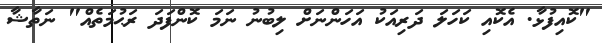
"ކޮއިފުޅާ. އެކޮއި ކަހަލަ ދަރިއަކު އަހަންނަށް ލިބުނު ނަމަ ކޮންފަދަ ރަޙުމަތެއް" ނަތާޝާ